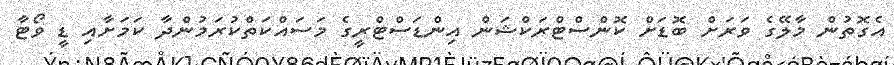
އެގޮތުން މާލޭގެ ވަރަށް ބޮޑަށް ކޮންސްޓްރަކްޝަން އިންޑަސްޓްރީގެ މަސައްކަތްކުރަމުންދާ ކަމަށާއި ޑީ ވޯޓާ